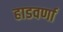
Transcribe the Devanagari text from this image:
हाडवर्णा